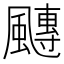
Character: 𩘯